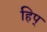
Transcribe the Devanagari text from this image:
हिप्